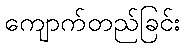
ကျောက်တည်ခြင်း